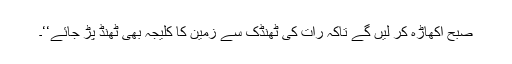
صبح اکھاڑہ کر لیں گے تاکہ رات کی ٹھنڈک سے زمین کا کلیجہ بھی ٹھنڈ پڑ جائے‘‘۔